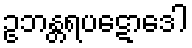
ဥဘန္တရပဋောဒေါ